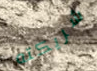
شريكته